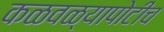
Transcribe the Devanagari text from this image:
कळवळ्यापोटीच